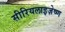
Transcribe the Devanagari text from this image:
सीरियलाइज़ेष्ण